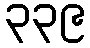
၃၃၉